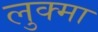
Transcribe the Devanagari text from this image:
लुक्मा